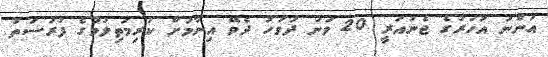
އަންނަ އަހަރުގެ ޖެނުއަރީ 20 ވަނަ ދުވަހު ދެވޭ އިނާމަށް ކުރިމަތިލުމުގެ ފުރުސަތު